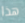
هذا